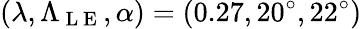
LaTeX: (\lambda,\Lambda_{\mathrm{~L~E~}},\alpha)=(0.27,20^{\circ},22^{\circ})